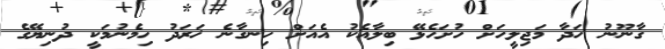
ގާނޫނު ހަދާ މަޖިލީހަށް ހުށަހެޅޭ ބިލާއެކު އެއަށް ހިނގާނެ ޚަރަދު ހިމެނުމަކީ ދުނިޔޭގެ